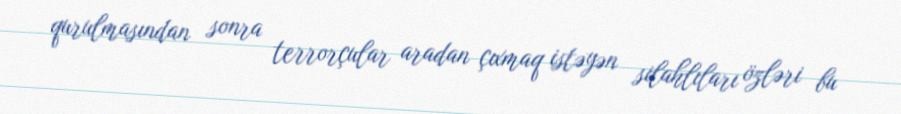
qurulmasından sonra terrorçular aradan çıxmaq istəyən silahlıları özləri bu